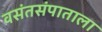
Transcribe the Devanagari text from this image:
वसंतसंपाताला